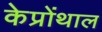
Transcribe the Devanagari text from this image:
केप्रोंथाल